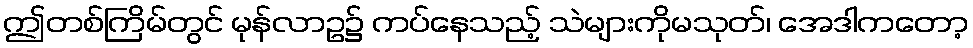
ဤတစ်ကြိမ်တွင် မုန်လာဥ၌ ကပ်နေသည့် သဲများကိုမသုတ်၊ အေဒါကတော့